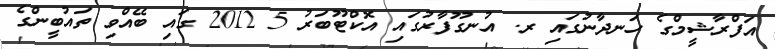
އަފްރާޝީމްގެ ހަނދާނުގައި ރ. އުނގޫފާރުގައި އޮކްޓޫބަރު 5 2012 ގައި ބޭއްވި ތައުބީންގެ